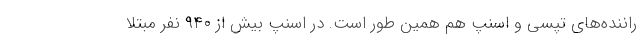
راننده‌های تپسی و اسنپ هم همین طور است. در اسنپ بیش از ۹۴۰ نفر مبتلا